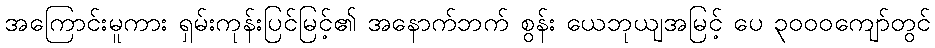
အကြောင်းမူကား ရှမ်းကုန်းပြင်မြင့်၏ အနောက်ဘက် စွန်း ယေဘုယျအမြင့် ပေ ၃၀၀၀ကျော်တွင်